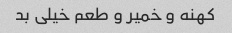
کهنه و خمیر و طعم خیلی بد